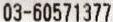
03-60571377